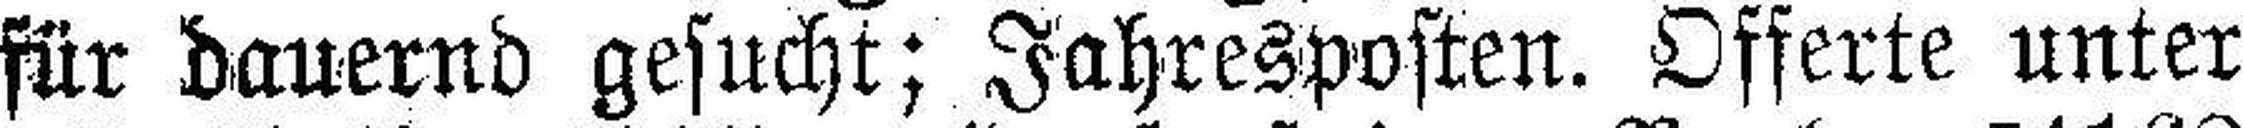
für dauernd gesucht; Jahresposten. Offerte unter